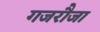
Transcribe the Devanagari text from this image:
गजरौजा